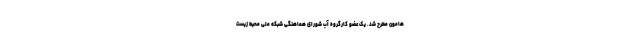
هامون مطرح شد. یک عضو کارگروه آب شورای هماهنگی شبکه ملی محیط زیست